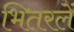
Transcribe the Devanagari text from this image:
भितरलें